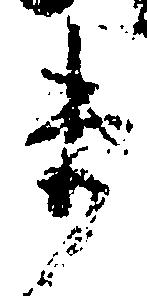
衛